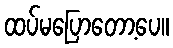
ထပ်မပြောတော့ပေ။